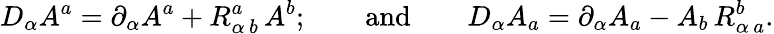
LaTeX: D_{\alpha}A^{a}=\partial_{\alpha}A^{a}+R_{\alpha\, b}^{a}\, A^{b};\qquad\mathrm{and}\qquad D_{\alpha}A_{a}=\partial_{\alpha}A_{a}-A_{b}\, R_{\alpha\, a}^{b}.